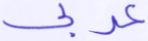
عربي